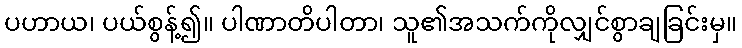
ပဟာယ၊ ပယ်စွန့်၍။ ပါဏာတိပါတာ၊ သူ၏အသက်ကိုလျှင်စွာချခြင်းမှ။